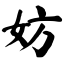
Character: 妨